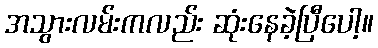
အသွားလမ်းကလည်း ဆုံးနေခဲ့ပြီပေါ့။